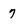
Character: 7